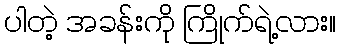
ပါတဲ့ အခန်းကို ကြိုက်ရဲ့လား။